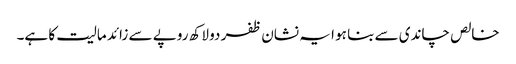
خالص چاندی سے بنا ہو ا یہ نشان ظفر دو لاکھ روپے سے زائد مالیت کا ہے۔